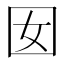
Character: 囡